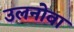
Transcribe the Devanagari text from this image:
उलनोवा